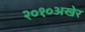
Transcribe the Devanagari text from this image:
२०१०अखेर